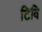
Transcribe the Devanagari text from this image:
टिवि